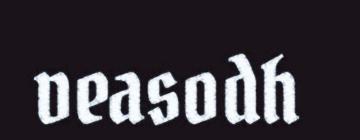
veasodh